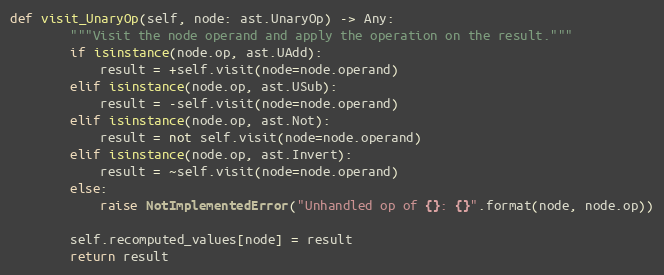
Language: Python
def visit_UnaryOp(self, node: ast.UnaryOp) -> Any:
        """Visit the node operand and apply the operation on the result."""
        if isinstance(node.op, ast.UAdd):
            result = +self.visit(node=node.operand)
        elif isinstance(node.op, ast.USub):
            result = -self.visit(node=node.operand)
        elif isinstance(node.op, ast.Not):
            result = not self.visit(node=node.operand)
        elif isinstance(node.op, ast.Invert):
            result = ~self.visit(node=node.operand)
        else:
            raise NotImplementedError("Unhandled op of {}: {}".format(node, node.op))

        self.recomputed_values[node] = result
        return result